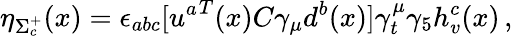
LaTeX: \eta_{\Sigma_{c}^{+}}(x)=\epsilon_{abc}[{u^{a}}^{T}(x)C\gamma_{\mu}d^{b}(x)]\gamma_{t}^{\mu}\gamma_{5}h_{v}^{c}(x)\, ,